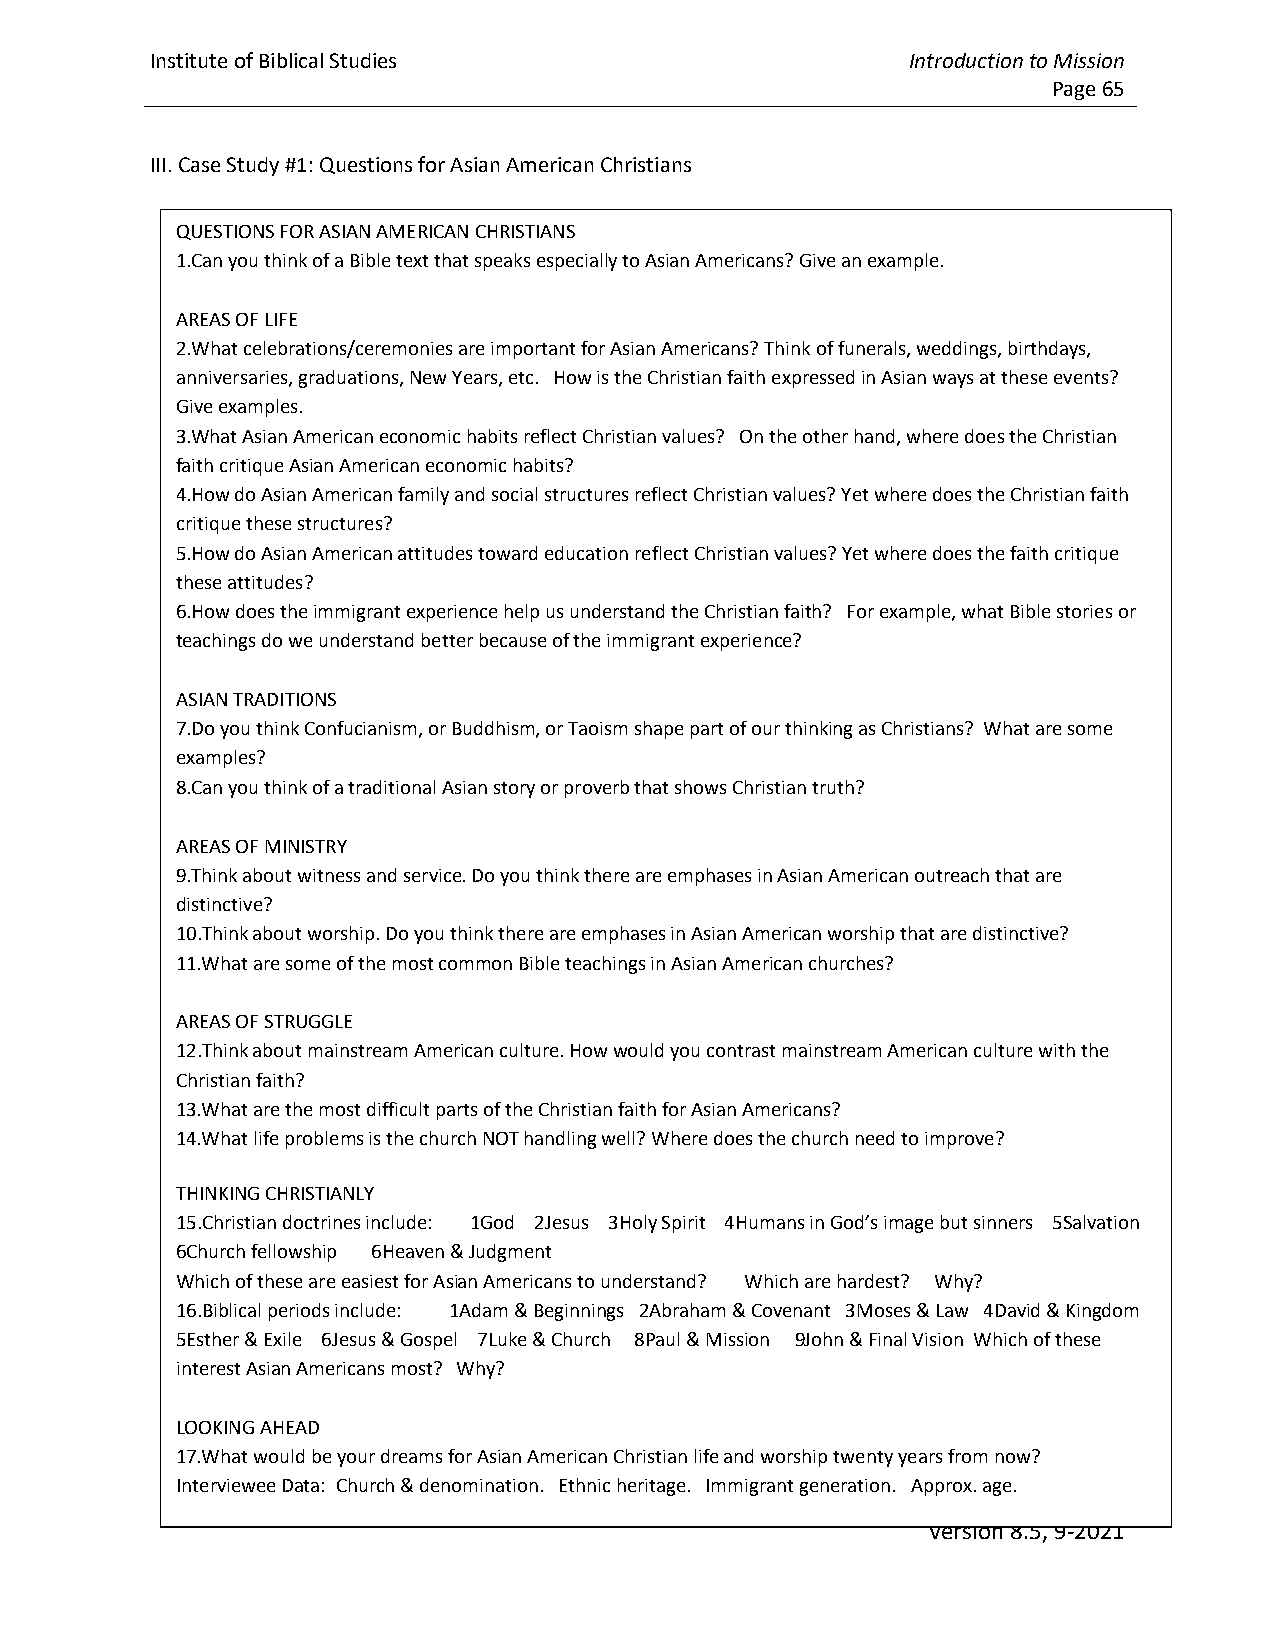
Institute of Biblical Studies                     Introduction to Mission
 Page 65
 III. Case Study #1: Questions for Asian American Christians
 QUESTIONS FOR ASIAN AMERICAN CHRISTIANS
 1.Can you think of a Bible text that speaks especially to Asian Americans? Give an example.
 AREAS OF LIFE
 2.What celebrations/ceremonies are important for Asian Americans? Think of funerals, weddings, birthdays,
 anniversaries, graduations, New Years, etc. How is the Christian faith expressed in Asian ways at these events?
 Give examples.
 3.What Asian American economic habits reflect Christian values? On the other hand, where does the Christian
 faith critique Asian American economic habits?
 4.How do Asian American family and social structures reflect Christian values? Yet where does the Christian faith
 critique these structures?
 5.How do Asian American attitudes toward education reflect Christian values? Yet where does the faith critique
 these attitudes?
 6.How does the immigrant experience help us understand the Christian faith? For example, what Bible stories or
 teachings do we understand better because of the immigrant experience?
 ASIAN TRADITIONS
 7.Do you think Confucianism, or Buddhism, or Taoism shape part of our thinking as Christians? What are some
 examples?
 8.Can you think of a traditional Asian story or proverb that shows Christian truth?
 AREAS OF MINISTRY
 9.Think about witness and service. Do you think there are emphases in Asian American outreach that are
 distinctive?
 10.Think about worship. Do you think there are emphases in Asian American worship that are distinctive?
 11.What are some of the most common Bible teachings in Asian American churches?
 AREAS OF STRUGGLE
 12.Think about mainstream American culture. How would you contrast mainstream American culture with the
 Christian faith?
 13.What are the most difficult parts of the Christian faith for Asian Americans?
 14.What life problems is the church NOT handling well? Where does the church need to improve?
 THINKING CHRISTIANLY
 15.Christian doctrines include: 1God 2Jesus 3Holy Spirit 4Humans in God’s image but sinners 5Salvation
 6Church fellowship 6Heaven & Judgment
 Which of these are easiest for Asian Americans to understand? Which are hardest? Why?
 16.Biblical periods include: 1Adam & Beginnings 2Abraham & Covenant 3Moses & Law 4David & Kingdom
 5Esther & Exile 6Jesus & Gospel 7Luke & Church 8Paul & Mission 9John & Final Vision Which of these
 interest Asian Americans most? Why?
 LOOKING AHEAD
 17.What would be your dreams for Asian American Christian life and worship twenty years from now?
 Interviewee Data: Church & denomination. Ethnic heritage. Immigrant generation. Approx. age.
 Version 8.5, 9-2021